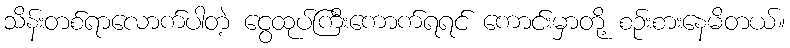
သိန်းတစ်ရာလောက်ပါတဲ့ ငွေထုပ်ကြီးကောက်ရရင် ကောင်းမှာတို့ စဉ်းစားနေမိတယ်။